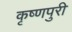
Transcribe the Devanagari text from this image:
कृष्णपुरी